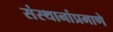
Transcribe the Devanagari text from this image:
संस्थानांप्रमाणे